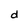
Character: d